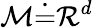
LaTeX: \mathcal{M}\dot{=}\mathcal{R}^{d}